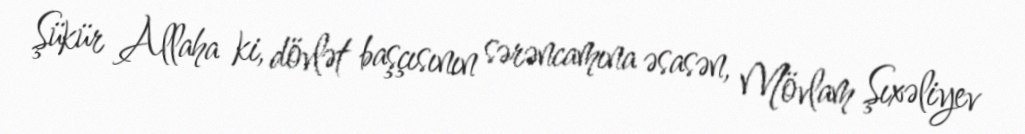
Şükür Allaha ki, dövlət başçısının sərəncamına əsasən, Mövlam Şıxəliyev